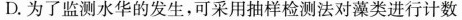
D.为了监测水华的发生，可采用抽样检测法对藻类进行计数